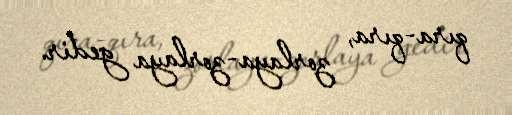
qıra-qıra, zorlaya-zorlaya gedir.